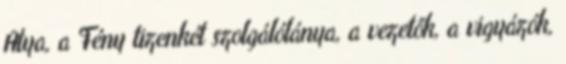
Atya, a Fény tizenkét szolgálólánya, a vezetők, a vigyázók,